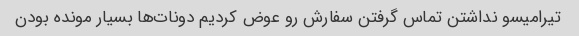
تیرامیسو نداشتن تماس گرفتن سفارش رو عوض کردیم دونات‌ها بسیار مونده بودن